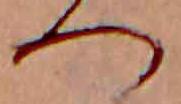
へ